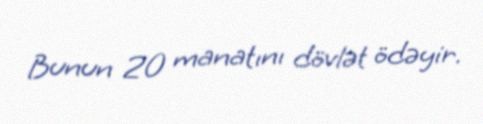
Bunun 20 manatını dövlət ödəyir.